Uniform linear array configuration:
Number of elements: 16
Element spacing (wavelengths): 0.5
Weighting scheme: hann
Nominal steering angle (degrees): -45
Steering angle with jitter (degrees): -45.924
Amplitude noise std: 0.05
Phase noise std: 0.05

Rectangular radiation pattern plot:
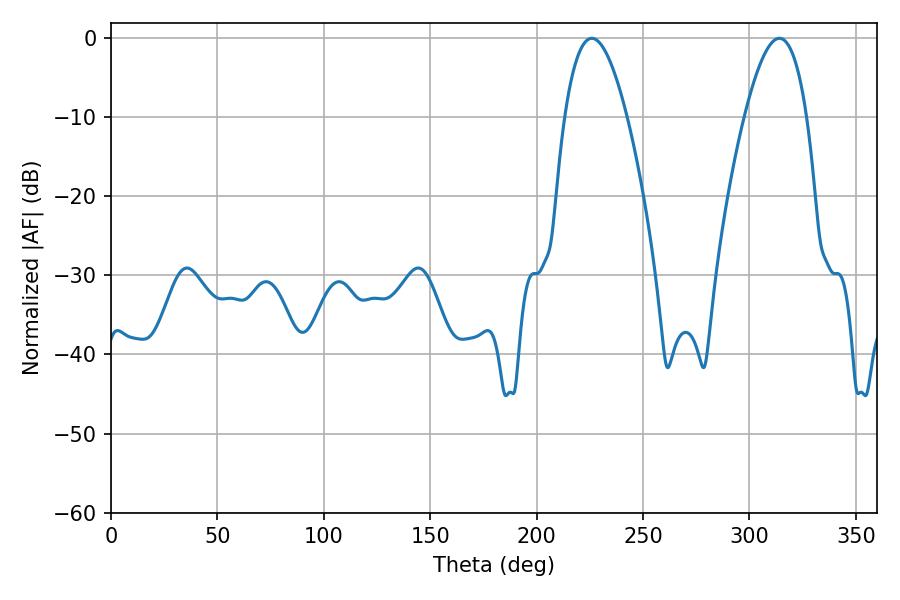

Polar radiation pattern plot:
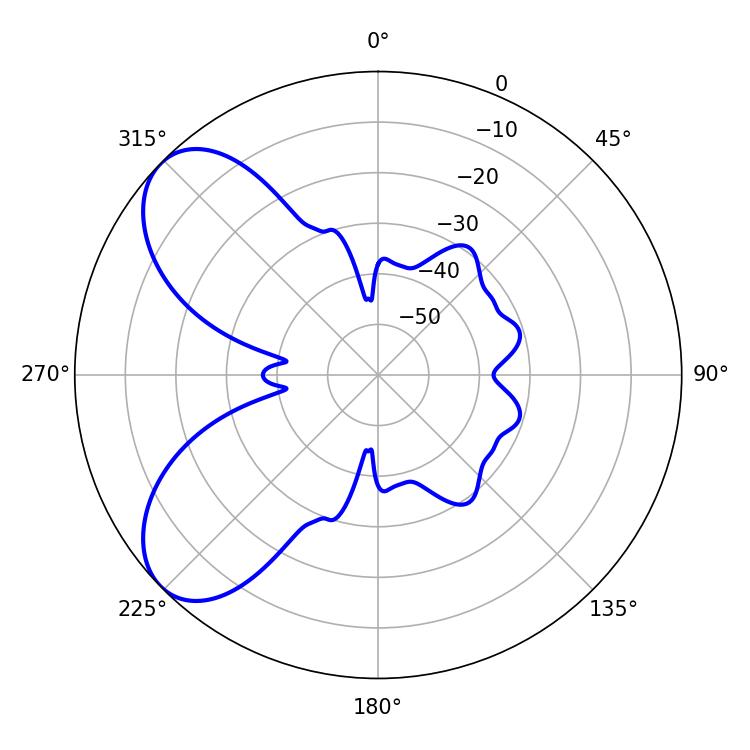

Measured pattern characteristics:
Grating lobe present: FALSE
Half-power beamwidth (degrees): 16.02
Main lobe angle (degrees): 225.9